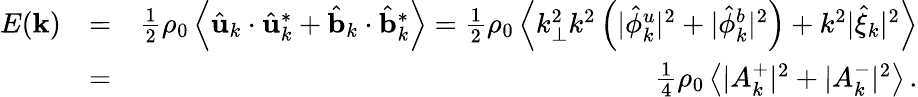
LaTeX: \begin{array}{rlr}{E({\mathbf k})}&{=}&{\frac{1}{2}\rho_{0}\left\langle\hat{\mathbf u}_{k}\cdot\hat{\mathbf u}_{k}^{*}+\hat{\mathbf b}_{k}\cdot\hat{\mathbf b}_{k}^{*}\right\rangle=\frac{1}{2}\rho_{0}\left\langle k_{\perp}^{2}k^{2}\left(\vert\hat{\phi}_{k}^{u}\vert^{2}+\vert\hat{\phi}_{k}^{b}\vert^{2}\right)+k^{2}\vert\hat{\xi}_{k}\vert^{2}\right\rangle}\\ &{=}&{\frac{1}{4}\rho_{0}\left\langle\vert A_{k}^{+}\vert^{2}+\vert A_{k}^{-}\vert^{2}\right\rangle\, .}\end{array}